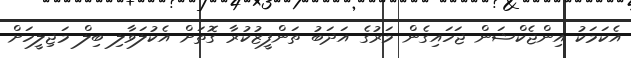
އެކަމަކު އިންޖެކްޝަން ޖަހައިގެން މަރުގެ އަދަބު ތަންފީޒުކުރާ ގޮތަށް އެކުލަވާލި ބިލް މަޖިލީހަށް